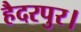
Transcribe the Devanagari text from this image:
हैदरपुर।